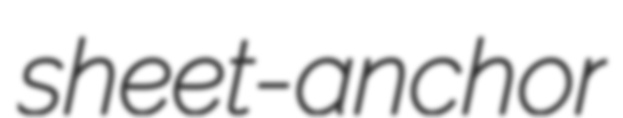
sheet-anchor